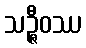
သဉ္ဇီဝဿ